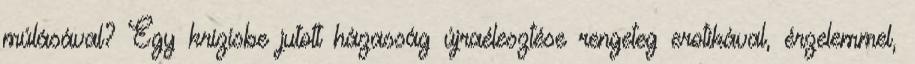
múlásával? Egy krízisbe jutott házasság újraélesztése rengeteg erotikával, érzelemmel,